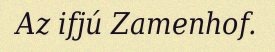
Az ifjú Zamenhof.